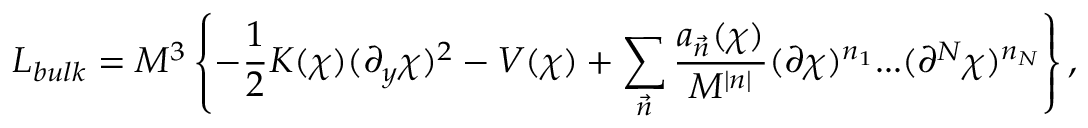
{ \cal L } _ { b u l k } = M ^ { 3 } \left\{ - \frac { 1 } { 2 } K ( \chi ) ( \partial _ { y } \chi ) ^ { 2 } - V ( \chi ) + \sum _ { \vec { n } } \frac { a _ { \vec { n } } ( \chi ) } { M ^ { | n | } } ( \partial \chi ) ^ { n _ { 1 } } . . . ( \partial ^ { N } \chi ) ^ { n _ { N } } \right\} ,